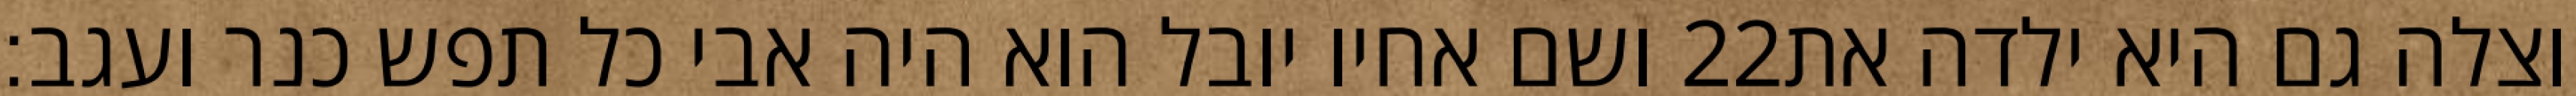
ושם אחיו יובל הוא היה אבי כל תפש כנר ועגב׃ ‎22‏ וצלה גם היא ילדה את